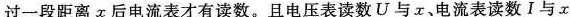
过一段距离x后电流表才有读数。且电压表读数U与x、电流表读数Ⅰ与x